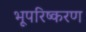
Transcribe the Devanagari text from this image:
भूपरिष्करण